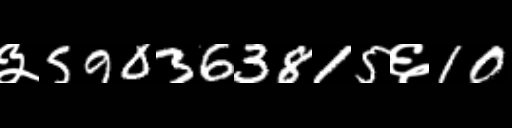
Text: ३590363815६10